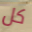
كل